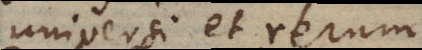
universi et rerum